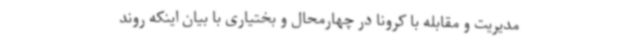
مدیریت و مقابله با کرونا در چهارمحال و بختیاری با بیان اینکه روند